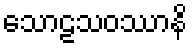
သောဠသဝဿာနိ